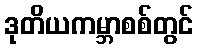
ဒုတိယကမ္ဘာစစ်တွင်